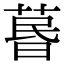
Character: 𦳜